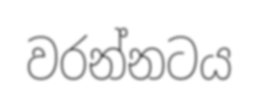
වරන්නටය